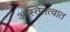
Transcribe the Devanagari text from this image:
अस्तितत्वात